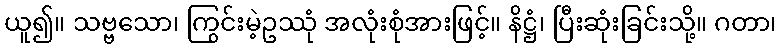
ယူ၍။ သဗ္ဗသော၊ ကြွင်းမဲ့ဥဿုံ အလုံးစုံအားဖြင့်။ နိဋ္ဌံ၊ ပြီးဆုံးခြင်းသို့။ ဂတာ၊